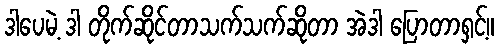
ဒါပေမဲ့ ဒါ တိုက်ဆိုင်တာသက်သက်ဆိုတာ အဲဒါ ပြောတာရှင့်။